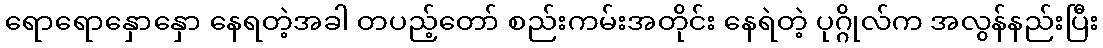
ရောရောနှောနှော နေရတဲ့အခါ တပည့်တော် စည်းကမ်းအတိုင်း နေရဲတဲ့ ပုဂ္ဂိုလ်က အလွန်နည်းပြီး